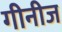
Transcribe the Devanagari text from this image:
गीनीज